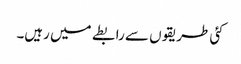
کئی طریقوں سے رابطے میں رہیں۔